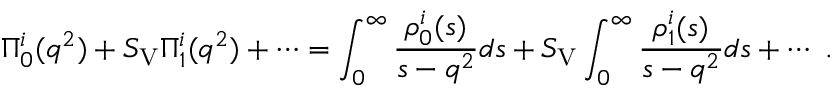
\Pi _ { 0 } ^ { i } ( q ^ { 2 } ) + S _ { \mathrm { V } } \Pi _ { 1 } ^ { i } ( q ^ { 2 } ) + \cdots = \int _ { 0 } ^ { \infty } { \frac { \rho _ { 0 } ^ { i } ( s ) } { s - q ^ { 2 } } } d s + S _ { \mathrm { V } } \int _ { 0 } ^ { \infty } { \frac { \rho _ { 1 } ^ { i } ( s ) } { s - q ^ { 2 } } } d s + \cdots \ .